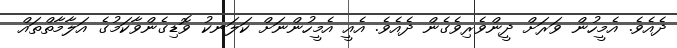
ދެއެވެ. އެމީހުން ވަރަށް ދީންވެރިވެގެން ދެއެވެ. އެއީ އެމީީހުންނަށް ކަލަނކު ވޮޑިގެންވާކަމުގެ އަލާމާތްތައް